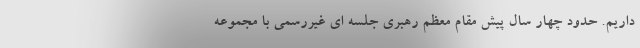
داریم. حدود چهار سال پیش مقام معظم رهبری جلسه ای غیررسمی با مجموعه